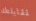
لمقابلتك